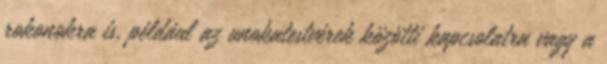
rokonokra is, például az unokatestvérek közötti kapcsolatra vagy a